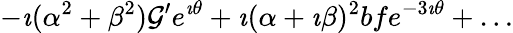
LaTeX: -\imath(\alpha^{2}+\beta^{2})\mathcal{G}^{\prime}e^{\imath\theta}+\imath(\alpha+\imath\beta)^{2}bfe^{-3\imath\theta}+\ldots